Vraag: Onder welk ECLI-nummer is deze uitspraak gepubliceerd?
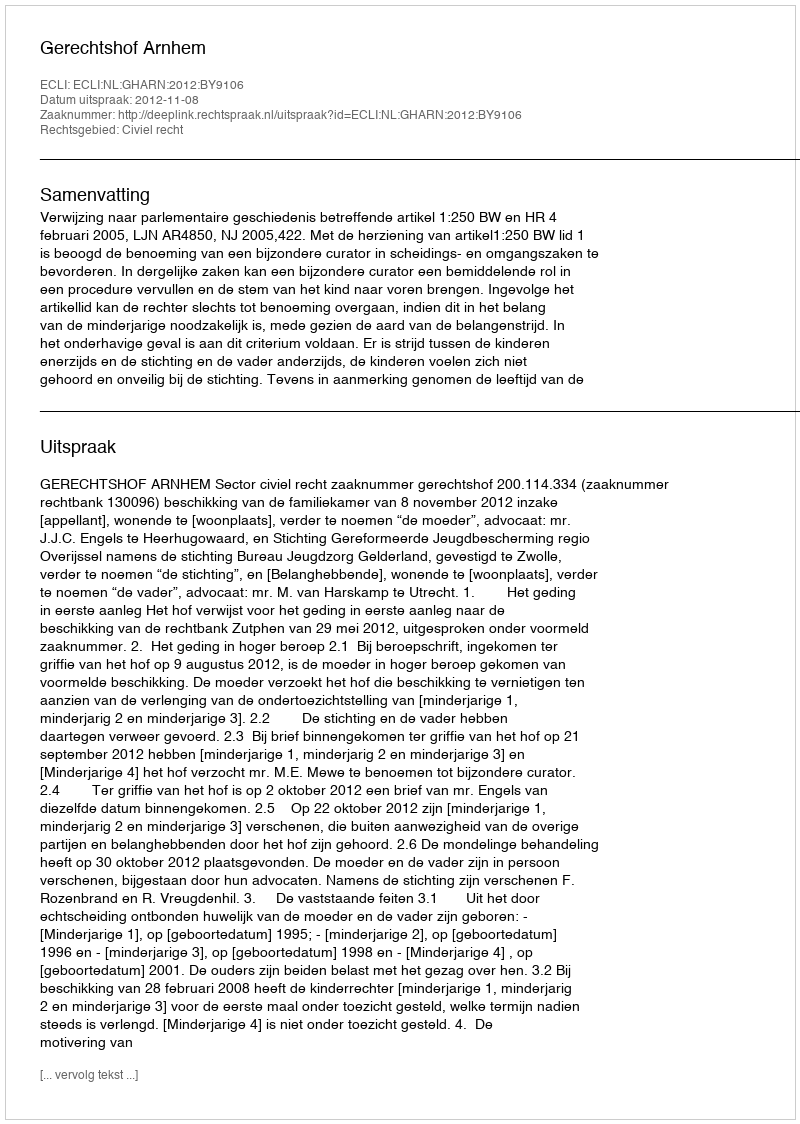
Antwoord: ECLI:NL:GHARN:2012:BY9106